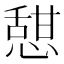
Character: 憇